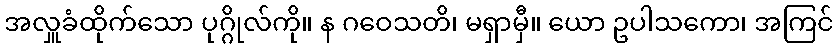
အလှူခံထိုက်သော ပုဂ္ဂိုလ်ကို။ န ဂဝေသတိ၊ မရှာမှီ။ ယော ဥပါသကော၊ အကြင်